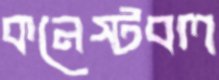
কনেস্টবল